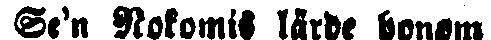
Se'n Nokomis lärde honom